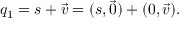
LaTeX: q _ { 1 } = s + { \vec { v } } = ( s , { \vec { 0 } } ) + ( 0 , { \vec { v } } ) .